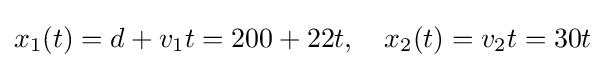
x_{1}(t)=d+v_{1}t=200+22t,\quad x_{2}(t)=v_{2}t=30t